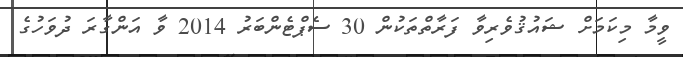
ވީމާ މިކަމަށް ޝައުޤުވެރިވާ ފަރާތްތަކުން 30 ސެޕްޓެންބަރު 2014 ވާ އަންގާރަ ދުވަހުގެ